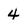
Character: 4